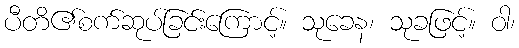
ပီတိ၏စက်ဆုပ်ခြင်းကြောင့်။ သုခေန၊ သုခဖြင့်။ ဝါ၊